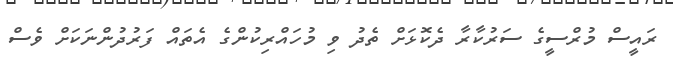
ރައީސް މުރްސީގެ ސަރުކާރާ ދެކޮޅަށް ތެދު ވި މުހައްރިކުންގެ އެތައް ފަރުދުންނަކަށް ވެސް